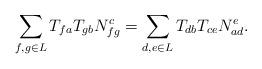
LaTeX: \begin{align*} \sum_{f,g \in L} T_{fa}T_{gb}N_{fg}^c &= \sum_{d,e \in L} T_{db}T_{ce}N_{ad}^e.\end{align*}